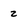
Character: z